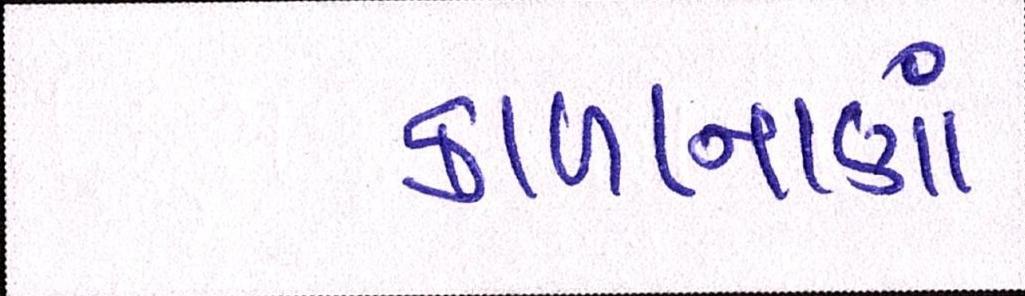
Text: કાળાનાણાં